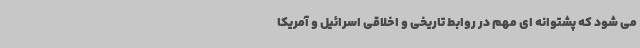
می شود که پشتوانه ای مهم در روابط تاریخی و اخلاقی اسرائیل و آمریکا